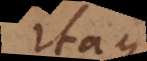
Itaque